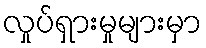
လှုပ်ရှားမှုများမှာ